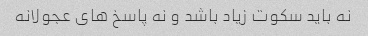
نه باید سکوت زیاد باشد و نه پاسخ های عجولانه